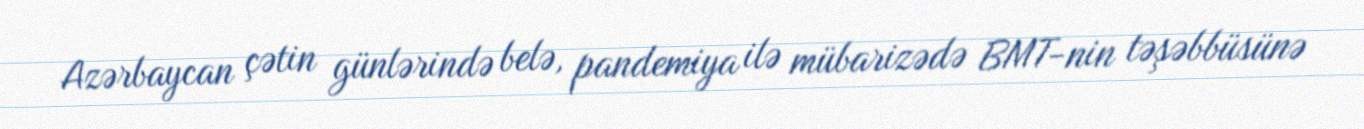
Azərbaycan çətin günlərində belə, pandemiya ilə mübarizədə BMT-nin təşəbbüsünə